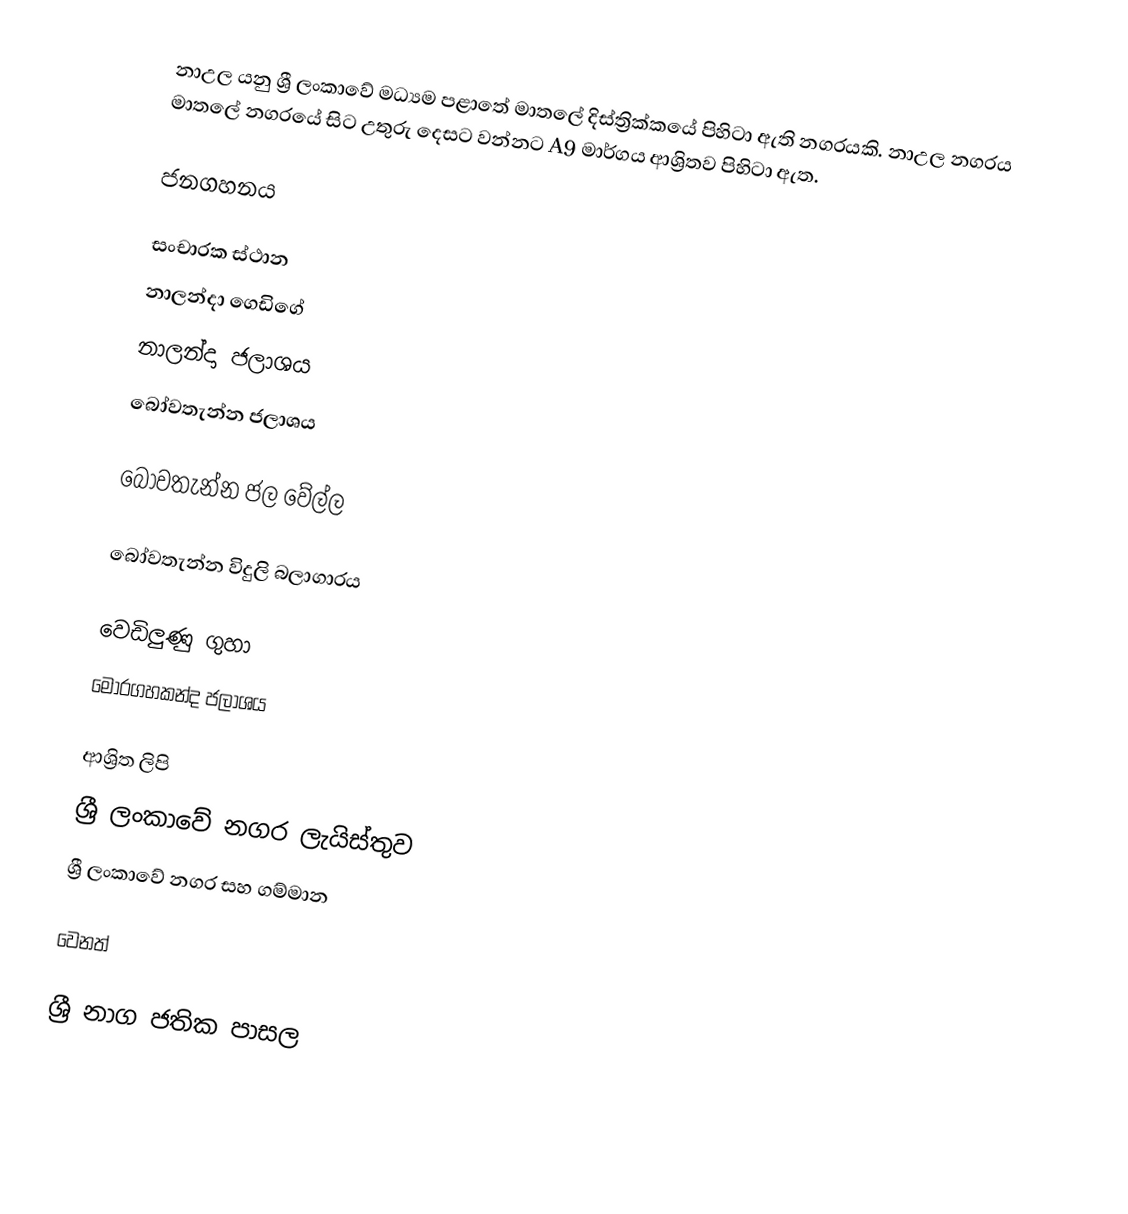
නාඋල  යනු ශ්‍රී ලංකාවේ මධ්‍යම පළාතේ  මාතලේ දිස්ත්‍රික්කයේ  පිහිටා ඇති නගරයකි. නාඋල නගරය මාතලේ නගරයේ සිට උතුරු දෙසට වන්නට A9 මාර්ගය ආශ්‍රිතව පිහිටා ඇත.

ජනගහනය

සංචාරක ස්ථාන
 නාලන්දා ගෙඩිගේ
 නාලන්දා ජලාශය
 බෝවතැන්න ජලාශය

 බෝවතැන්න ජල වේල්ල

 බෝවතැන්න විදුලි බලාගාරය

 වෙඩිලුණු ගුහා
මොරගහකන්ද ජලාශය

ආශ්‍රිත ලිපි
 ශ්‍රී ලංකාවේ නගර ලැයිස්තුව
ශ්‍රී ලංකාවේ නගර සහ ගම්මාන

වෙනත්

 ශ්‍රී නාග ජතික පාසල